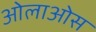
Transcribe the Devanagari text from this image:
ओलाओस